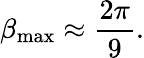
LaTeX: \beta_{\mathrm{max}}\approx\frac{2\pi}{9}.